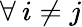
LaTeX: \forall\: i\neq j